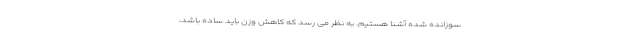
سوزانده شده آشنا هستیم. به نظر می رسد که کاهش وزن باید ساده باشد،